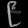
Digit: ၉